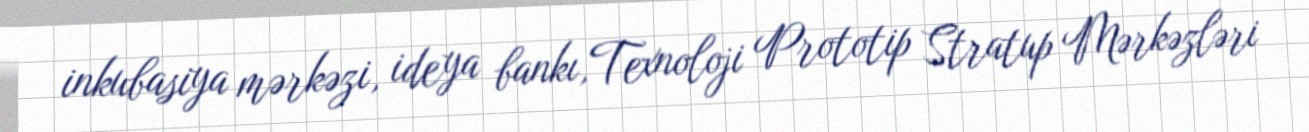
inkubasiya mərkəzi, ideya bankı,Texnoloji Prototip Stratup Mərkəzləri